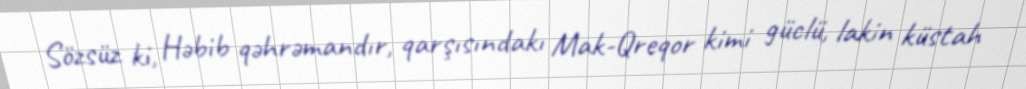
Sözsüz ki, Həbib qəhrəmandır, qarşısındakı Mak-Qreqor kimi güclü, lakin küstah